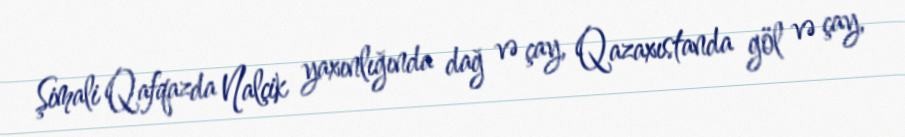
Şimali Qafqazda Nalçik yaxınlığında dağ və çay, Qazaxıstanda göl və çay,